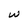
Character: w